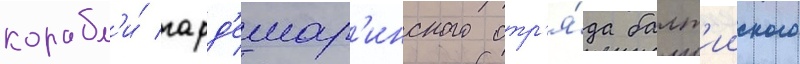
корабл'и́ гард'емар'инского отр'я́да балт'ииского